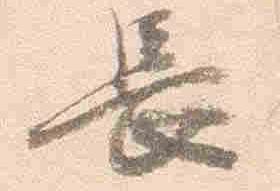
長